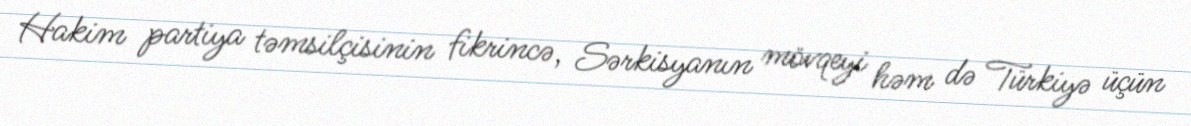
Hakim partiya təmsilçisinin fikrincə, Sərkisyanın mövqeyi həm də Türkiyə üçün